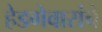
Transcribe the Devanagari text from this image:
हेडगेवारांचे